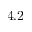
4 . 2